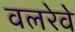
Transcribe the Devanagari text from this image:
वलरेवे